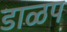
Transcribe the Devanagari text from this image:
डाळप